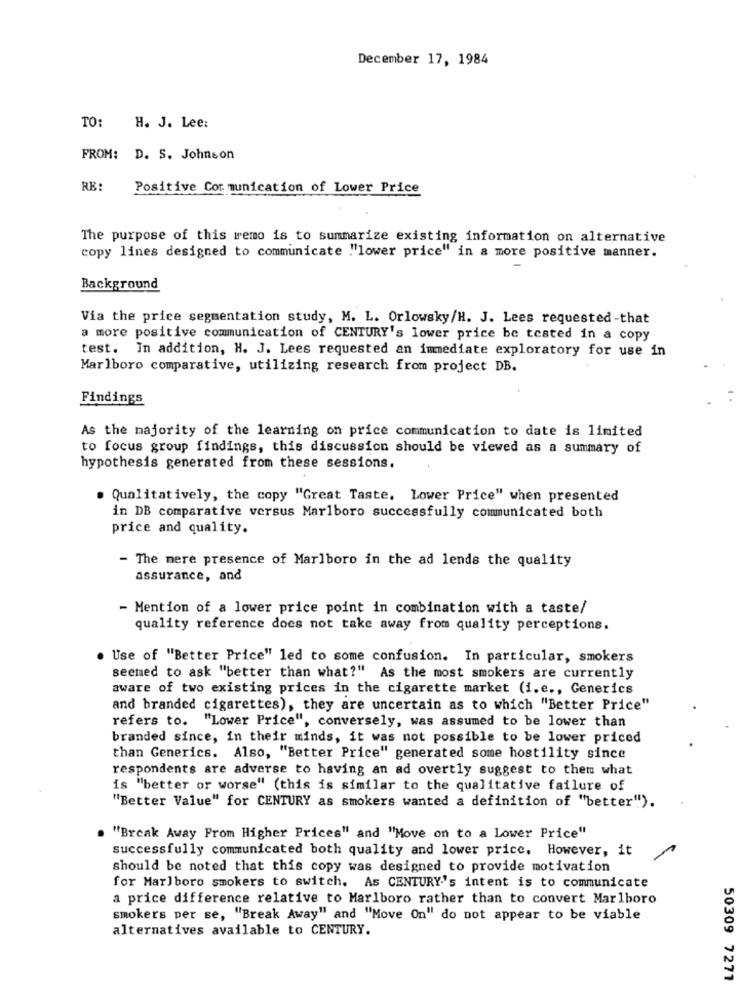
December 17, 1984
TO: H. J. Lee:
FROM: D. S. Johnson
Positive Cot munication of Lower Price
The purpose of this remo is to summarize existing information on alternative
copy lines designed to communicate "lower price" in a more positive manner.
Background
Via the price segmentation study, M. L. Orlowsky/H. J. Lees requested-that
a more positive communication of CENTURY's lower price be tested in a copy
test. In addition, H. J. Lees requested an immediate exploratory for use in
Marlboro comparative, utilizing research from project DB.
Findings
As the majority of the learning on price communication to date is limited
to focus group findings, this discussion should be viewed as a summary of
hypothesis generated from these sessions.
. Qualitatively, the copy "Great Taste, Lower Price" when presented
in DB comparative versus Marlboro successfully communicated both
price and quality.
- The mere presence of Marlboro in the ad lends the quality
assurance, and
- Mention of a lower price point in combination with a taste/
quality reference does not take away from quality perceptions.
Use of "Better Price" led to some confusion. In particular, smokers
seemed to ask "better than what?" As the most smokers are currently
aware of two existing prices in the cigarette market (i.e ., Generics
and branded cigarettes), they are uncertain as to which "Better Price"
refers to. "Lower Price", conversely, was assumed to be lower than
branded since, in their minds, it was not possible to be lower priced
than Generics. Also, "Better Price" generated some hostility since
respondents are adverse to having an ad overtly suggest to them what
is "better or worse" (this is similar to the qualitative failure of
"Better Value" for CENTURY as smokers wanted a definition of "better").
"Break Away From Higher Prices" and "Move on to a Lower Price"
successfully communicated both quality and lower price, However, it
should be noted that this copy was designed to provide motivation
for Marlboro smokers to switch. As CENTURY's intent is to communicate
a price difference relative to Marlboro rather than to convert Marlboro
smokers per se, "Break Away" and "Move On" do not appear to be viable
alternatives available to CENTURY.
50309 7271